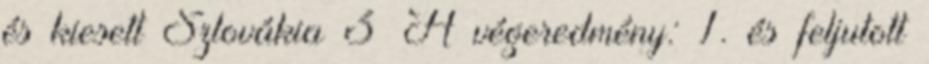
és kiesett Szlovákia 3 A végeredmény: 1. és feljutott